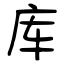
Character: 库